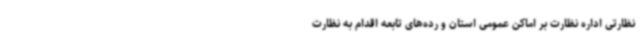
نظارتی اداره نظارت بر اماکن عمومی استان و رده‌های تابعه اقدام به نظارت